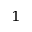
^ 1